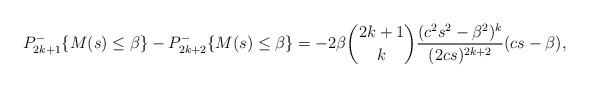
LaTeX: \begin{align*}P_{2k+1}^-\{M(s)\le\beta\}-P_{2k+2}^-\{M(s)\le\beta\} = -2\beta \binom{2k+1}{k}\frac{(c^2s^2-\beta^2)^k}{(2cs)^{2k+2}}(cs-\beta),\end{align*}